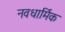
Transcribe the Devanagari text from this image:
नवधार्मिक